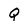
Character: Q